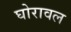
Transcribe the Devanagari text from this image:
घोरावल